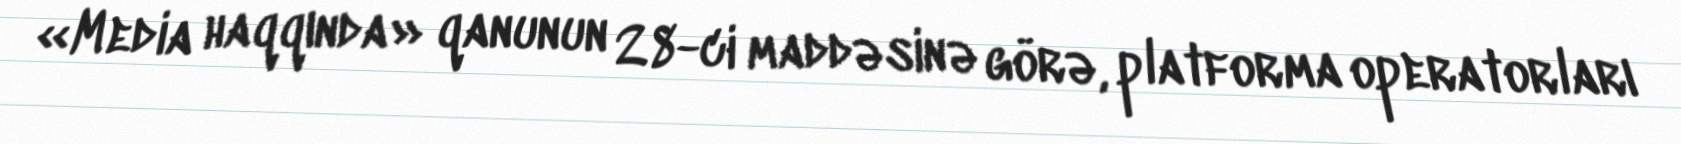
«Media haqqında» qanunun 28-ci maddəsinə görə, platforma operatorları